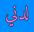
لدني